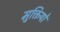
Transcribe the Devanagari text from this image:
मुक्तियों